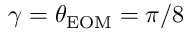
\gamma = \theta _ { \mathrm { E O M } } = \pi / 8